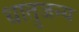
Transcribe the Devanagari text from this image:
धातुजन्य